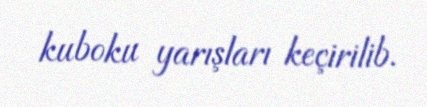
kuboku yarışları keçirilib.